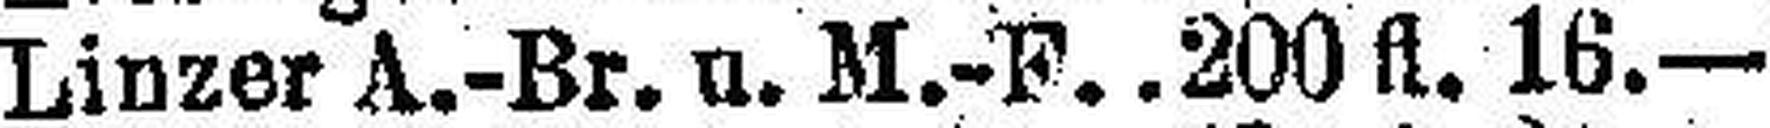
Linzer A.-Br. u. M.-F 200 fl. 16.—